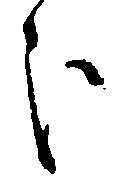
歩